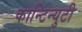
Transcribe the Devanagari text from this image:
कान्टिन्युटी